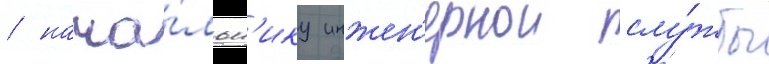
/ нача́льн'ику инжен'ернои слу́жбы